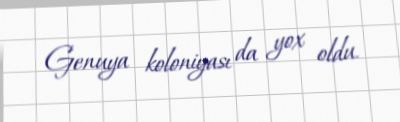
Genuya koloniyası da yox oldu.